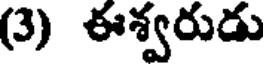
(3) ఈశ్వరుడు